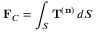
\mathbf { F } _ { C } = \int _ { S } \mathbf { T } ^ { ( \mathbf { n } ) } \, d S